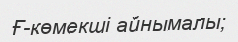
Ғ-көмекші айнымалы;